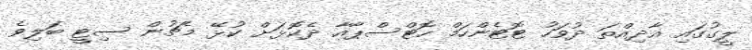
ލީގުގައި އާދިއްތަ ދުވަހު ޓޮޓެންހަމް ހޮޓްސްޕާއާ ދެކޮޅަށް ކުޅޭ މެޗުން ސިޓީ ބަލިވެ